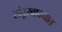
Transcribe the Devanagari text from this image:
संतूरवादनात